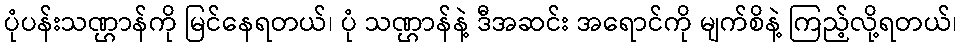
ပုံပန်းသဏ္ဌာန်ကို မြင်နေရတယ်၊ ပုံ သဏ္ဌာန်နဲ့ ဒီအဆင်း အရောင်ကို မျက်စိနဲ့ ကြည့်လို့ရတယ်၊